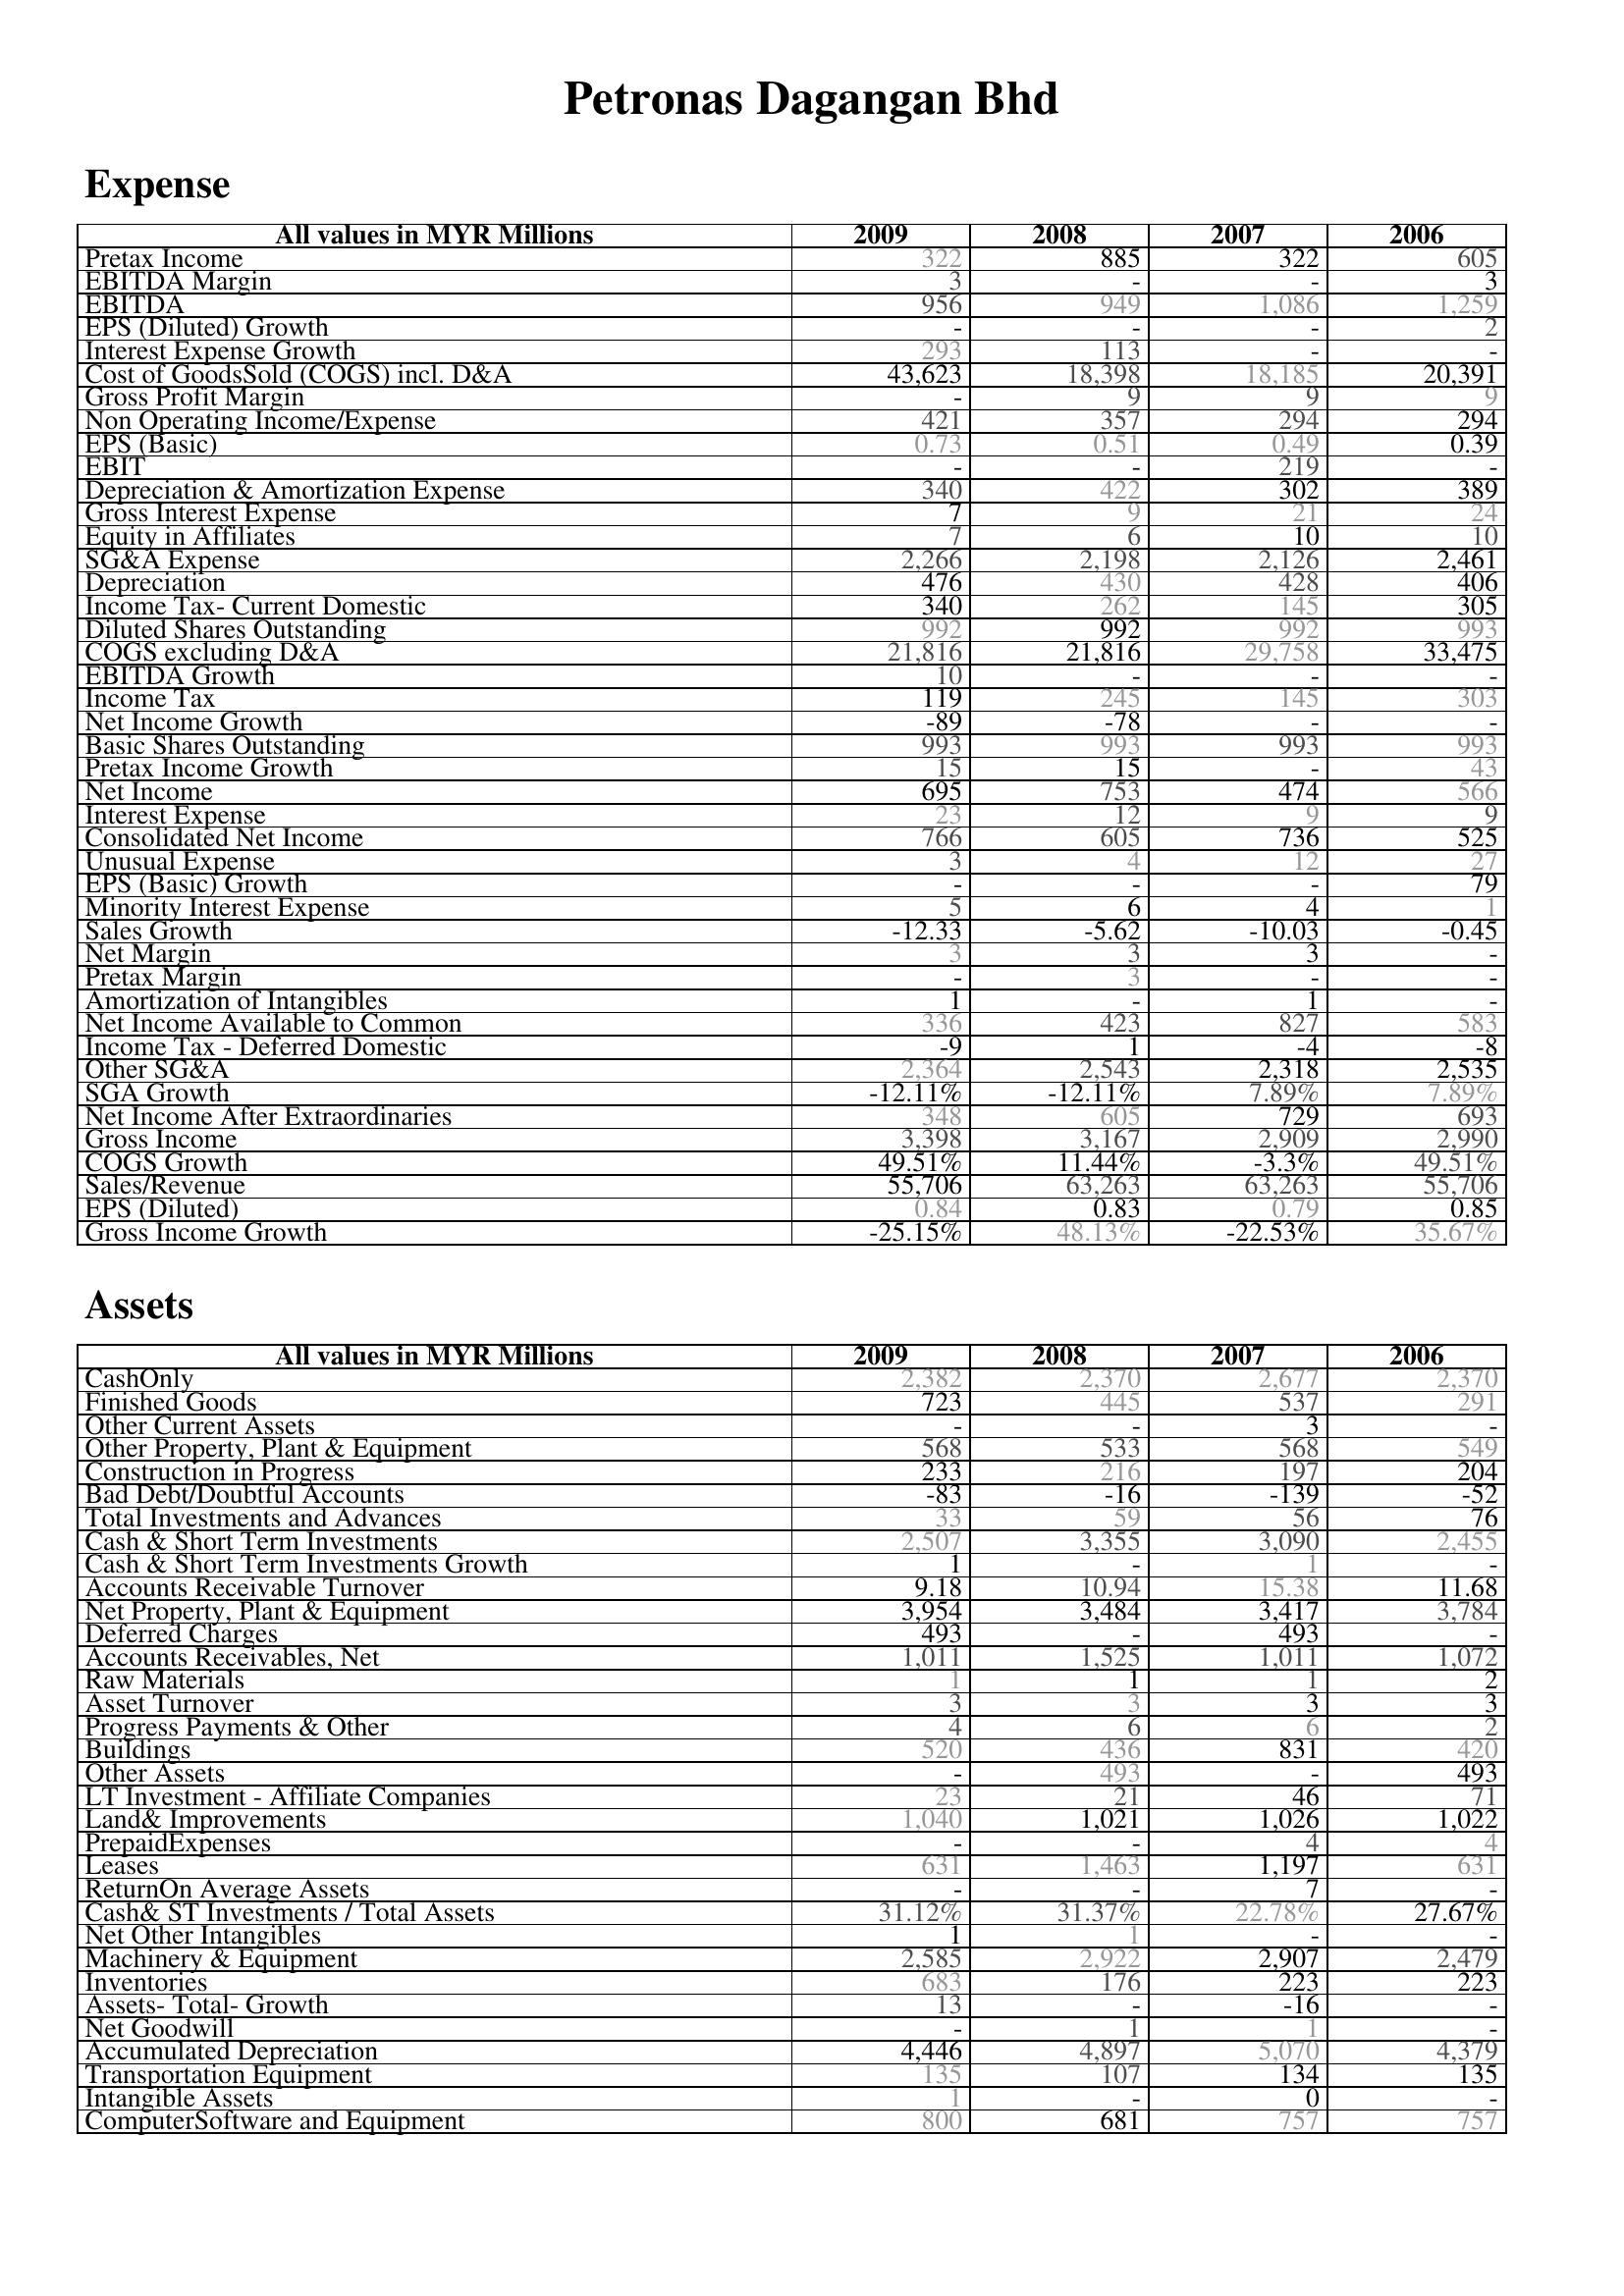
2009: Expense: Pretax Income: 322
EBITDA Margin: 3
EBITDA: 956
EPS (Diluted) Growth: -
Interest Expense Growth: 293
Cost of GoodsSold (COGS) incl. D&A: 43,623
Gross Profit Margin: -
Non Operating Income/Expense: 421
EPS (Basic): 0.73
EBIT: -
Depreciation & Amortization Expense: 340
Gross Interest Expense: 7
Equity in Affiliates: 7
SG&A Expense: 2,266
Depreciation: 476
Income Tax- Current Domestic: 340
Diluted Shares Outstanding: 992
COGS excluding D&A: 21,816
EBITDA Growth: 10
Income Tax: 119
Net Income Growth: -89
Basic Shares Outstanding: 993
Pretax Income Growth: 15
Net Income: 695
Interest Expense: 23
Consolidated Net Income: 766
Unusual Expense: 3
EPS (Basic) Growth: -
Minority Interest Expense: 5
Sales Growth: -12.33
Net Margin: 3
Pretax Margin: -
Amortization of Intangibles: 1
Net Income Available to Common: 336
Income Tax - Deferred Domestic: -9
Other SG&A: 2,364
SGA Growth: -12.11%
Net Income After Extraordinaries: 348
Gross Income: 3,398
COGS Growth: 49.51%
Sales/Revenue: 55,706
EPS (Diluted): 0.84
Gross Income Growth: -25.15%
Assets: CashOnly: 2,382
Finished Goods: 723
Other Current Assets: -
Other Property, Plant & Equipment: 568
Construction in Progress: 233
Bad Debt/Doubtful Accounts: -83
Total Investments and Advances: 33
Cash & Short Term Investments: 2,507
Cash & Short Term Investments Growth: 1
Accounts Receivable Turnover: 9.18
Net Property, Plant & Equipment: 3,954
Deferred Charges: 493
Accounts Receivables, Net: 1,011
Raw Materials: 1
Asset Turnover: 3
Progress Payments & Other: 4
Buildings: 520
Other Assets: -
LT Investment - Affiliate Companies: 23
Land& Improvements: 1,040
PrepaidExpenses: -
Leases: 631
ReturnOn Average Assets: -
Cash& ST Investments / Total Assets: 31.12%
Net Other Intangibles: 1
Machinery & Equipment: 2,585
Inventories: 683
Assets- Total- Growth: 13
Net Goodwill: -
Accumulated Depreciation: 4,446
Transportation Equipment: 135
Intangible Assets: 1
ComputerSoftware and Equipment: 800
2008: Expense: Pretax Income: 885
EBITDA Margin: -
EBITDA: 949
EPS (Diluted) Growth: -
Interest Expense Growth: 113
Cost of GoodsSold (COGS) incl. D&A: 18,398
Gross Profit Margin: 9
Non Operating Income/Expense: 357
EPS (Basic): 0.51
EBIT: -
Depreciation & Amortization Expense: 422
Gross Interest Expense: 9
Equity in Affiliates: 6
SG&A Expense: 2,198
Depreciation: 430
Income Tax- Current Domestic: 262
Diluted Shares Outstanding: 992
COGS excluding D&A: 21,816
EBITDA Growth: -
Income Tax: 245
Net Income Growth: -78
Basic Shares Outstanding: 993
Pretax Income Growth: 15
Net Income: 753
Interest Expense: 12
Consolidated Net Income: 605
Unusual Expense: 4
EPS (Basic) Growth: -
Minority Interest Expense: 6
Sales Growth: -5.62
Net Margin: 3
Pretax Margin: 3
Amortization of Intangibles: -
Net Income Available to Common: 423
Income Tax - Deferred Domestic: 1
Other SG&A: 2,543
SGA Growth: -12.11%
Net Income After Extraordinaries: 605
Gross Income: 3,167
COGS Growth: 11.44%
Sales/Revenue: 63,263
EPS (Diluted): 0.83
Gross Income Growth: 48.13%
Assets: CashOnly: 2,370
Finished Goods: 445
Other Current Assets: -
Other Property, Plant & Equipment: 533
Construction in Progress: 216
Bad Debt/Doubtful Accounts: -16
Total Investments and Advances: 59
Cash & Short Term Investments: 3,355
Cash & Short Term Investments Growth: -
Accounts Receivable Turnover: 10.94
Net Property, Plant & Equipment: 3,484
Deferred Charges: -
Accounts Receivables, Net: 1,525
Raw Materials: 1
Asset Turnover: 3
Progress Payments & Other: 6
Buildings: 436
Other Assets: 493
LT Investment - Affiliate Companies: 21
Land& Improvements: 1,021
PrepaidExpenses: -
Leases: 1,463
ReturnOn Average Assets: -
Cash& ST Investments / Total Assets: 31.37%
Net Other Intangibles: 1
Machinery & Equipment: 2,922
Inventories: 176
Assets- Total- Growth: -
Net Goodwill: 1
Accumulated Depreciation: 4,897
Transportation Equipment: 107
Intangible Assets: -
ComputerSoftware and Equipment: 681
2007: Expense: Pretax Income: 322
EBITDA Margin: -
EBITDA: 1,086
EPS (Diluted) Growth: -
Interest Expense Growth: -
Cost of GoodsSold (COGS) incl. D&A: 18,185
Gross Profit Margin: 9
Non Operating Income/Expense: 294
EPS (Basic): 0.49
EBIT: 219
Depreciation & Amortization Expense: 302
Gross Interest Expense: 21
Equity in Affiliates: 10
SG&A Expense: 2,126
Depreciation: 428
Income Tax- Current Domestic: 145
Diluted Shares Outstanding: 992
COGS excluding D&A: 29,758
EBITDA Growth: -
Income Tax: 145
Net Income Growth: -
Basic Shares Outstanding: 993
Pretax Income Growth: -
Net Income: 474
Interest Expense: 9
Consolidated Net Income: 736
Unusual Expense: 12
EPS (Basic) Growth: -
Minority Interest Expense: 4
Sales Growth: -10.03
Net Margin: 3
Pretax Margin: -
Amortization of Intangibles: 1
Net Income Available to Common: 827
Income Tax - Deferred Domestic: -4
Other SG&A: 2,318
SGA Growth: 7.89%
Net Income After Extraordinaries: 729
Gross Income: 2,909
COGS Growth: -3.3%
Sales/Revenue: 63,263
EPS (Diluted): 0.79
Gross Income Growth: -22.53%
Assets: CashOnly: 2,677
Finished Goods: 537
Other Current Assets: 3
Other Property, Plant & Equipment: 568
Construction in Progress: 197
Bad Debt/Doubtful Accounts: -139
Total Investments and Advances: 56
Cash & Short Term Investments: 3,090
Cash & Short Term Investments Growth: 1
Accounts Receivable Turnover: 15.38
Net Property, Plant & Equipment: 3,417
Deferred Charges: 493
Accounts Receivables, Net: 1,011
Raw Materials: 1
Asset Turnover: 3
Progress Payments & Other: 6
Buildings: 831
Other Assets: -
LT Investment - Affiliate Companies: 46
Land& Improvements: 1,026
PrepaidExpenses: 4
Leases: 1,197
ReturnOn Average Assets: 7
Cash& ST Investments / Total Assets: 22.78%
Net Other Intangibles: -
Machinery & Equipment: 2,907
Inventories: 223
Assets- Total- Growth: -16
Net Goodwill: 1
Accumulated Depreciation: 5,070
Transportation Equipment: 134
Intangible Assets: 0
ComputerSoftware and Equipment: 757
2006: Expense: Pretax Income: 605
EBITDA Margin: 3
EBITDA: 1,259
EPS (Diluted) Growth: 2
Interest Expense Growth: -
Cost of GoodsSold (COGS) incl. D&A: 20,391
Gross Profit Margin: 9
Non Operating Income/Expense: 294
EPS (Basic): 0.39
EBIT: -
Depreciation & Amortization Expense: 389
Gross Interest Expense: 24
Equity in Affiliates: 10
SG&A Expense: 2,461
Depreciation: 406
Income Tax- Current Domestic: 305
Diluted Shares Outstanding: 993
COGS excluding D&A: 33,475
EBITDA Growth: -
Income Tax: 303
Net Income Growth: -
Basic Shares Outstanding: 993
Pretax Income Growth: 43
Net Income: 566
Interest Expense: 9
Consolidated Net Income: 525
Unusual Expense: 27
EPS (Basic) Growth: 79
Minority Interest Expense: 1
Sales Growth: -0.45
Net Margin: -
Pretax Margin: -
Amortization of Intangibles: -
Net Income Available to Common: 583
Income Tax - Deferred Domestic: -8
Other SG&A: 2,535
SGA Growth: 7.89%
Net Income After Extraordinaries: 693
Gross Income: 2,990
COGS Growth: 49.51%
Sales/Revenue: 55,706
EPS (Diluted): 0.85
Gross Income Growth: 35.67%
Assets: CashOnly: 2,370
Finished Goods: 291
Other Current Assets: -
Other Property, Plant & Equipment: 549
Construction in Progress: 204
Bad Debt/Doubtful Accounts: -52
Total Investments and Advances: 76
Cash & Short Term Investments: 2,455
Cash & Short Term Investments Growth: -
Accounts Receivable Turnover: 11.68
Net Property, Plant & Equipment: 3,784
Deferred Charges: -
Accounts Receivables, Net: 1,072
Raw Materials: 2
Asset Turnover: 3
Progress Payments & Other: 2
Buildings: 420
Other Assets: 493
LT Investment - Affiliate Companies: 71
Land& Improvements: 1,022
PrepaidExpenses: 4
Leases: 631
ReturnOn Average Assets: -
Cash& ST Investments / Total Assets: 27.67%
Net Other Intangibles: -
Machinery & Equipment: 2,479
Inventories: 223
Assets- Total- Growth: -
Net Goodwill: -
Accumulated Depreciation: 4,379
Transportation Equipment: 135
Intangible Assets: -
ComputerSoftware and Equipment: 757